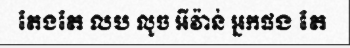
តែងតែ លប លូច អីវ៉ាន់ អ្នកផង តែ